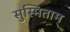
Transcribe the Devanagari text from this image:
सुस्मिताम्